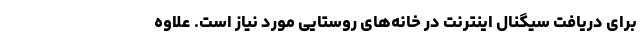
برای دریافت سیگنال اینترنت در خانه‌های روستایی مورد نیاز است. علاوه